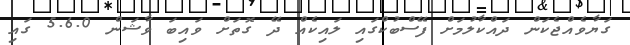
ގަޔާވެއްޖެކަން ދައްކާލުމަށް ފޭސްބުކްގައި ލައިކެއް ދޭ ގޮތަށް ވައިބަ ވާޝަން 5.6.0 ގައި